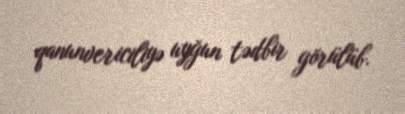
qanunvericiliyə uyğun tədbir görülüb.